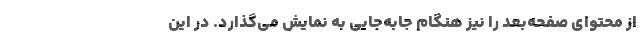
از محتوای صفحه‌بعد را نیز هنگام جابه‌جایی به نمایش می‌گذارد. در این